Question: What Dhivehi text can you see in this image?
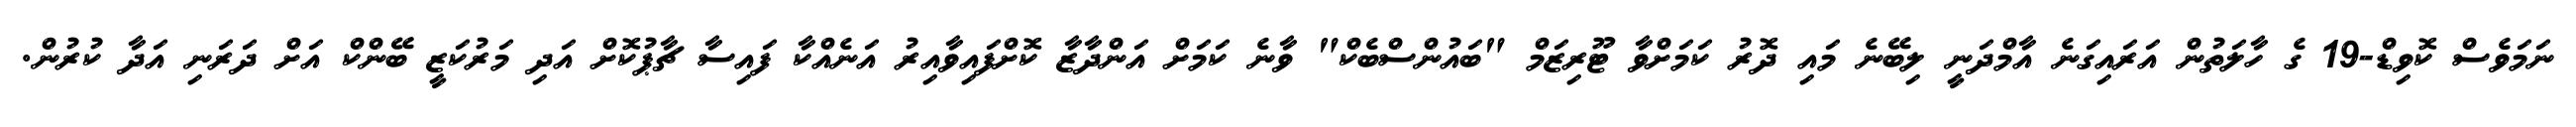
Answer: ނަމަވެސް ކޮވިޑް-19 ގެ ހާލަތުން އަރައިގަނެ އާމްދަނީ ލިބޭނެ މައި ދޮރު ކަމަށްވާ ޓޫރިޒަމް "ބައުންސްބެކް" ވާނެ ކަމަށް އަންދާޒާ ކޮށްފައިވާއިރު އަނެއްކާ ފައިސާ ޗާޕުކޮށް އަދި މަރުކަޒީ ބޭންކް އަށް ދަރަނި އަދާ ކުރުން.